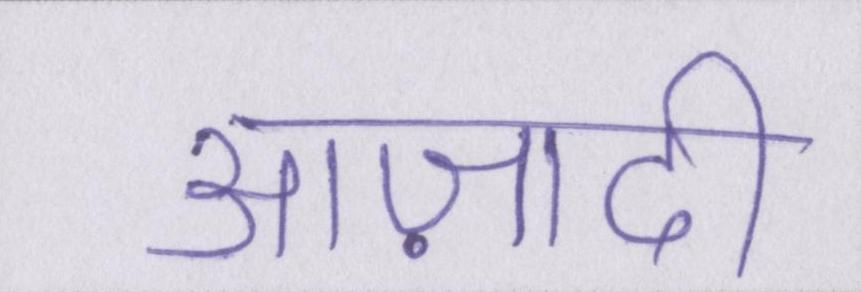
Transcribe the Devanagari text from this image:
आज़ादी